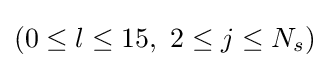
(0\leq l\leq 15,\ 2\leq j\leq N_{s})